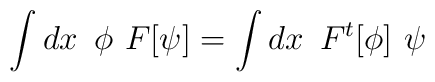
\int dx  \,\,\, \phi \,\, F[ \psi ] = \int  dx \,\,\, F^t[ \phi ] \,\,\psi